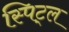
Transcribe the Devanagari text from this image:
स्पिट्ल